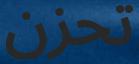
تحزن